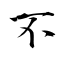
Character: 不